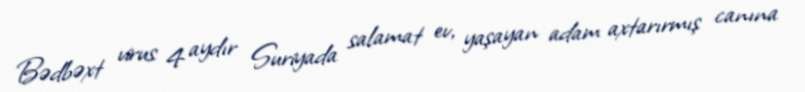
Bədbəxt virus 4 aydır Suriyada salamat ev, yaşayan adam axtarırmış canına